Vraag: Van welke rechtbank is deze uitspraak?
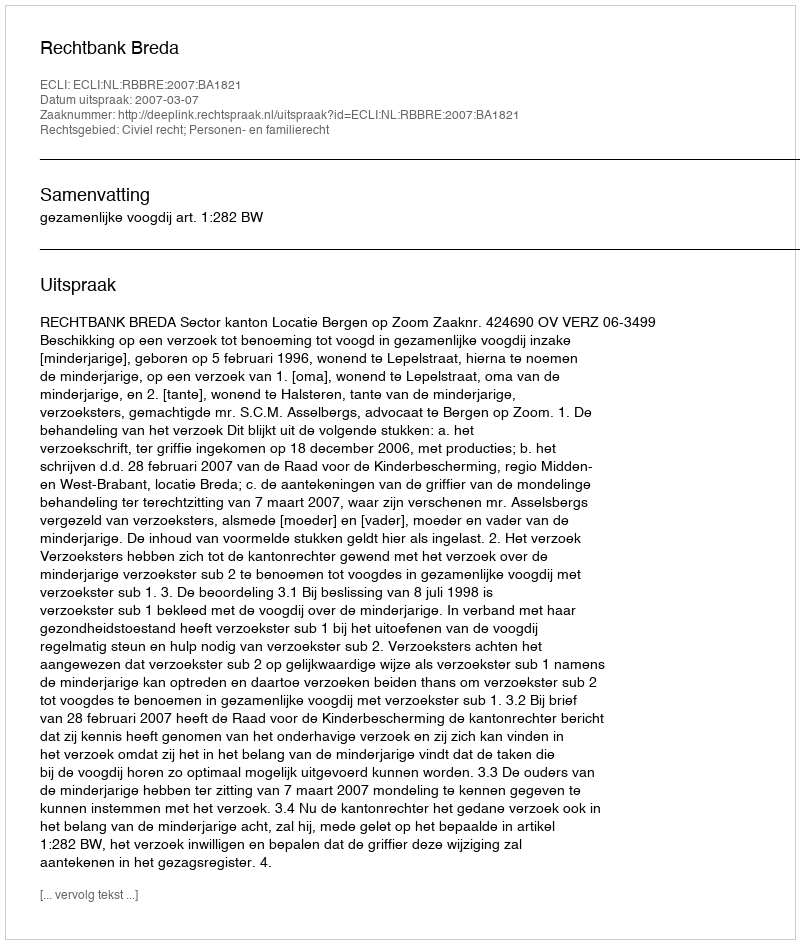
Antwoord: Rechtbank Breda